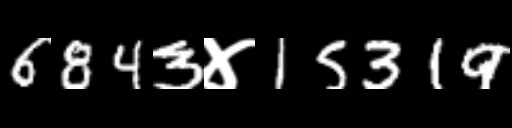
Text: 6843४15319